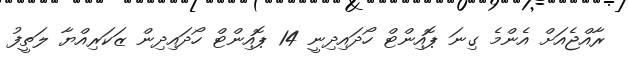
ރާއްޖެއަށް އެންމެ ގިނަ ޕޮއިންޓް ހޯދައިދިނީ 14 ޕޮއިންޓް ހޯދައިދިން ޒަކަރިއްޔާ ލަތީފު